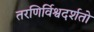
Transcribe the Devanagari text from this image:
तरणिर्विश्वदर्शतो